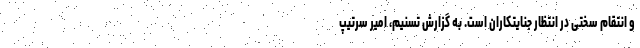
و انتقام سختی در انتظار جنایتکاران است. به گزارش تسنیم، امیر سرتیپ